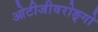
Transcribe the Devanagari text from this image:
ओटीजीवरोङ्गो